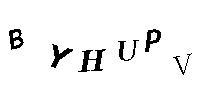
BYHUPV